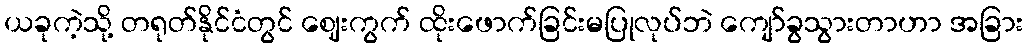
ယခုကဲ့သို့ တရုတ်နိုင်ငံတွင် ဈေးကွက် ထိုးဖောက်ခြင်းမပြုလုပ်ဘဲ ကျော်ခွသွားတာဟာ အခြား